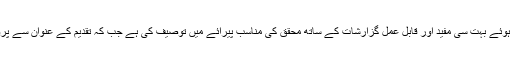
ڈاکٹر ریاض مجید نے اسے نعتیہ تبصرہ نگاری کے باب میں ایک ہم پیش رفت قراردیتے ہوئے بہت سی مفید اور قابلِ عمل گزارشات کے ساتھ محقق کی مناسب پیرائے میں توصیف کی ہے جب کہ تقدیم کے عنوان سے پروفیسر انوار احمد زئی کا مضمون بھی بہت محنت و توجہ سے لکھی جانے والی تحریرہے۔